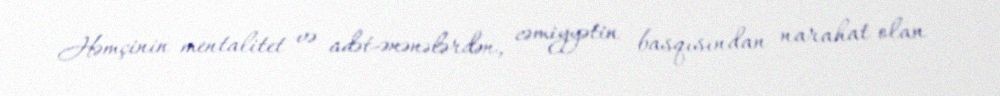
Həmçinin mentalitet və adət-ənənələrdən, cəmiyyətin basqısından narahat olan